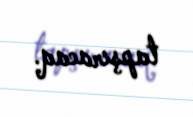
tapşıracaq.